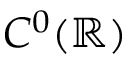
C ^ { 0 } ( \mathbb { R } )